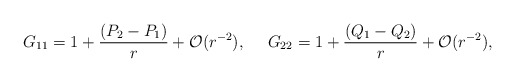
\begin{align*}G_{11}=1 +{{(P_2-P_1)}\over{r}} + {\cal O}(r^{-2}), \ \ \ \ G_{22}=1+ {{(Q_1-Q_2)}\over{r}} + {\cal O}(r^{-2}),\end{align*}